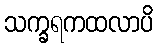
သက္ခရကထလာပိ